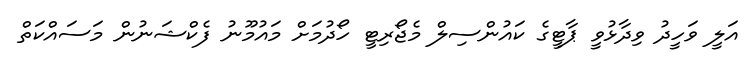
އަލީ ވަހީދު ވިދާޅުވީ ޕާޓީގެ ކައުންސިލް މެޖޯރިޓީ ހޯދުމަށް މައުމޫނު ފެކްޝަނުން މަސައްކަތް